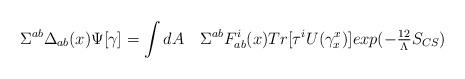
LaTeX: \begin{align*}\Sigma^{ab} \Delta_{ab}(x) \Psi[\gamma] = \int dA \quad \Sigma^{ab}F_{ab}^i(x) Tr[\tau^i U(\gamma_x^x)] exp(-{\textstyle {12 \over\Lambda}} S_{CS})\end{align*}